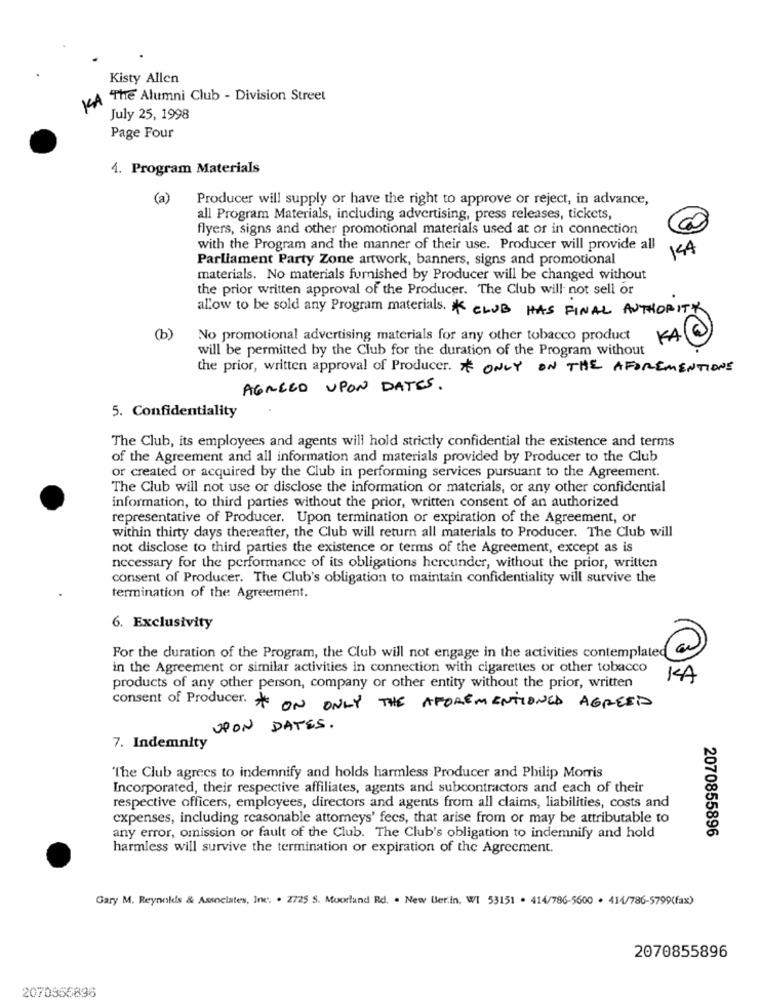
Kisty Allen
KA The Alumni Club - Division Street
July 25, 1998
Page Four
4. Program Materials
(a)
Producer will supply or have the right to approve or reject, in advance,
all Program Materials, including advertising, press releases, tickets,
flyers, signs and other promotional materials used at or in connection
with the Program and the manner of their use. Producer will provide all
144
Parliament Party Zone artwork, banners, signs and promotional
materials. No materials furnished by Producer will be changed without
the prior written approval of the Producer. The Club will not sell or
allow to be sold any Program materials. * CLUB HAS FINAL AUTHORITY
(b)
No promotional advertising materials for any other tobacco product
KA
will be permitted by the Club for the duration of the Program without
the prior, written approval of Producer. # ONLY ON THE AFOREMENTIONE
AGREED UPON DATES.
5. Confidentiality
The Club, its employees and agents will hold strictly confidential the existence and terms
of the Agreement and all information and materials provided by Producer to the Club
or created or acquired by the Club in performing services pursuant to the Agreement.
The Club will not use or disclose the information or materials, or any other confidential
information, to third parties without the prior, written consent of an authorized
representative of Producer. Upon termination or expiration of the Agreement, or
within thirty days thereafter, the Club will return all materials to Producer. The Club will
not disclose to third parties the existence or terms of the Agreement, except as is
necessary for the performance of its obligations hereunder, without the prior, written
consent of Producer. The Club's obligation to maintain confidentiality will survive the
termination of the Agreement.
6. Exclusivity
For the duration of the Program, the Club will not engage in the activities contemplated
in the Agreement or similar activities in connection with cigarettes or other tobacco
KA
products of any other person, company or other entity without the prior, written
consent of Producer. * ON ONLY THE AFOREMENTIONED AGREED
UPON DATES.
7. Indemnity
The Club agrees to indemnify and holds harmless Producer and Philip Morris
Incorporated, their respective affiliates, agents and subcontractors and each of their
respective officers, employees, directors and agents from all claims, liabilities, costs and
expenses, including reasonable attorneys' fees, that arise from or may be attributable to
2070855896
any error, omission or fault of the Club. The Club's obligation to indemnify and hold
harmless will survive the termination or expiration of the Agreement.
Gary M. Reynolds & Associates, Inc. . 2725 S. Moorland Rd. . New Ber.in. WI 53151 . 414/786-5600 . 414/786-5799(fax)
2070855896
2070356896